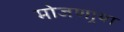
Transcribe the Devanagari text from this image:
मोजणार्‍या